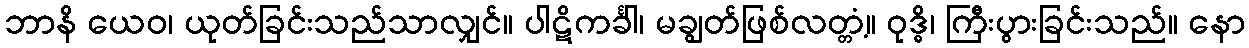
ဘာနိ ယေဝ၊ ယုတ်ခြင်းသည်သာလျှင်။ ပါဋိကင်္ခါ၊ မချွတ်ဖြစ်လတ္တံ့။ ဝုဒ္ဓိ၊ ကြီးပွားခြင်းသည်။ နော